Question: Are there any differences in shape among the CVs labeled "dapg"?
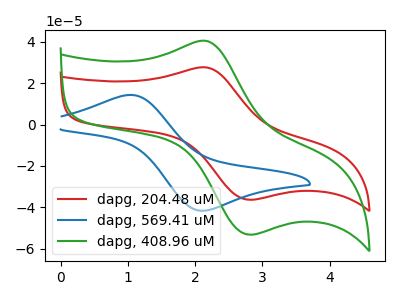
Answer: <think>The red curve "dapg, 204.48 uM" has an anodic peak at (2.20V, 27.50uA) and a cathodic peak at (2.80V, -36.30uA). The blue curve "dapg, 569.41 uM" has an anodic peak at (1.00V, 14.25uA) and a cathodic peak at (2.15V, -41.60uA). The green curve "dapg, 408.96 uM" has an anodic peak at (2.20V, 40.25uA) and a cathodic peak at (2.80V, -53.15uA).
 "dapg, 204.48 uM" and "dapg, 569.41 uM" have at least one peak that do not match. All the peaks in "dapg, 204.48 uM" have a peak in "dapg, 408.96 uM" at the same potential. Every peak in "dapg, 204.48 uM" is lower than every peak in "dapg, 408.96 uM". "dapg, 569.41 uM" and "dapg, 408.96 uM" have at least one peak that do not match.</think>
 <answer>All the CV's of "dapg" have similar shape.</answer>
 <eval>follow_rule</eval>